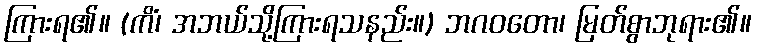
ကြားရ၏။ (ကိံ၊ အဘယ်သို့ကြားရသနည်း။) ဘဂဝတော၊ မြတ်စွာဘုရား၏။